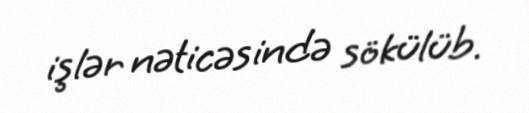
işlər nəticəsində sökülüb.